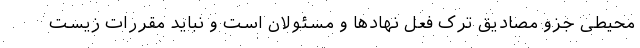
محیطی جزو مصادیق ترک فعل نهادها و مسئولان است و نباید مقررات زیست